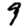
Digit: 9